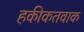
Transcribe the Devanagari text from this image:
हकीकतवाक